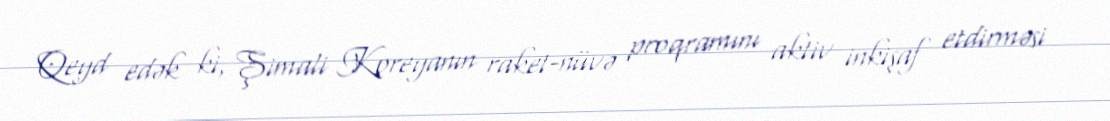
Qeyd edək ki, Şimali Koreyanın raket-nüvə proqramını aktiv inkişaf etdirməsi